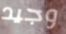
وجيد